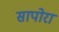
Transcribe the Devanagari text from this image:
सापोरा